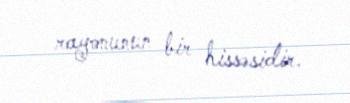
rayonunun bir hissəsidir.